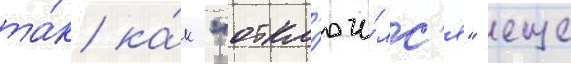
та́к ка́к "откл'ючи́лс'я" еще